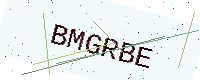
Text: BMGRBE